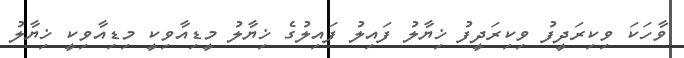
ވާހަކަ ވިކިރަދީފު ވިކިރަދީފު ޚިޔާލު ފައިލު ފައިލުގެ ޚިޔާލު މީޑިއާވިކީ މިޑިއާވިކީ ޚިޔާލު